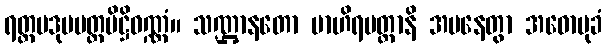
ရတ္တပဒုမပတ္တပိဋ္ဌိဝဏ္ဏံ။ သဏ္ဌာနတော ဗာဟိရပတ္တာနိ အပနေတွာ အဓောမုခံ